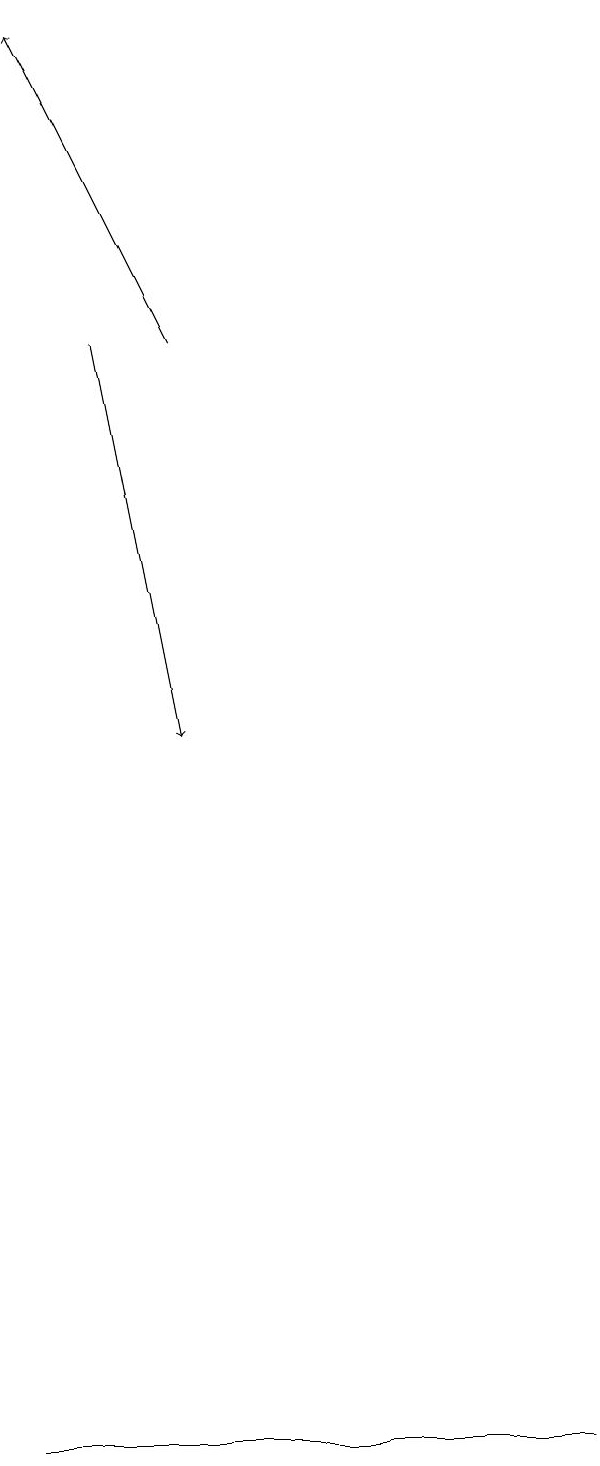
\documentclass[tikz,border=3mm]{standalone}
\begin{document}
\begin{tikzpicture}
\draw (5,1) -- (1,1) -- (8,1) -- cycle;
\draw[->] (3,15) -- (1,19);
\draw[->] (2,15) -- (3,10);
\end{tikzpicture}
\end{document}